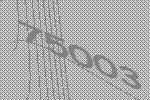
75003